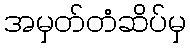
အမှတ်တံဆိပ်မှ